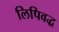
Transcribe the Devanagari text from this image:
लिपिवद्ध